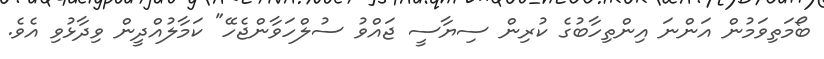
ބޯމަތިވަމުން އަންނަ އިންތިހާބުގެ ކުރިން ސިޔާސީ ޖައްވު ސުލްހަވާންޖެހޭ" ކަމާލުއްދީން ވިދާޅުވި އެވެ.